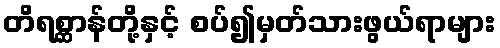
တိရစ္ဆာန်တို့နှင့် စပ်၍မှတ်သားဖွယ်ရာများ